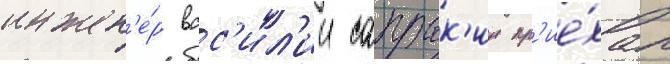
инжен'е́р вас'ил'ии сапрык'ин пр'ие́хал